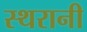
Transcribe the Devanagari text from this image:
स्थरानी